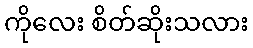
ကိုလေး စိတ်ဆိုးသလား